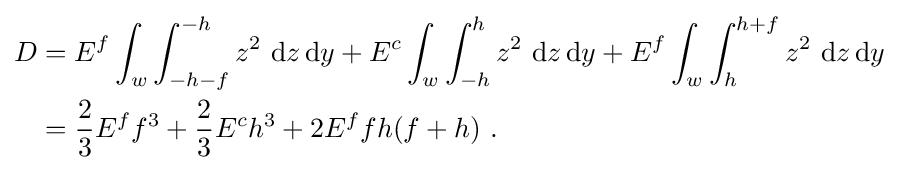
{\begin{aligned}D&=E^{f}\int _{w}\int _{-h-f}^{-h}z^{2}~\mathrm {d} z\,\mathrm {d} y+E^{c}\int _{w}\int _{-h}^{h}z^{2}~\mathrm {d} z\,\mathrm {d} y+E^{f}\int _{w}\int _{h}^{h+f}z^{2}~\mathrm {d} z\,\mathrm {d} y\\&={\frac {2}{3}}E^{f}f^{3}+{\frac {2}{3}}E^{c}h^{3}+2E^{f}fh(f+h)~.\end{aligned}}